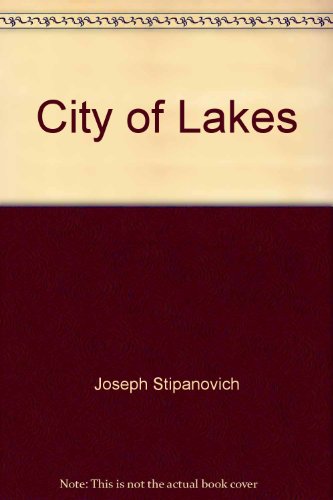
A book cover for City of Lakes: An illustrated history of Minneapolis; Joseph Stipanovich; Travel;